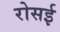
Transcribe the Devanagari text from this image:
रोसई